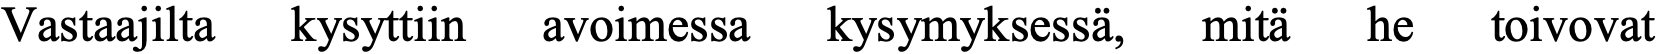
Vastaajilta kysyttiin avoimessa kysymyksessä, mitä he toivovat